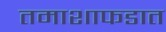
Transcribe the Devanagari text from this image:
तमाशाफडात